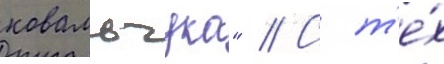
ковальчука" // С т'е́х